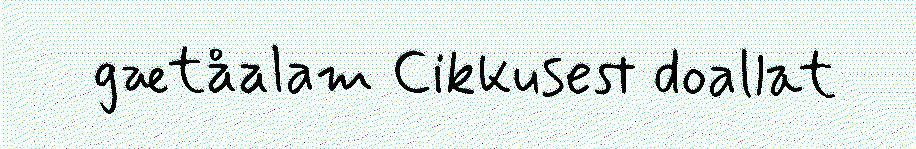
gætåalam Cikkusest doallat